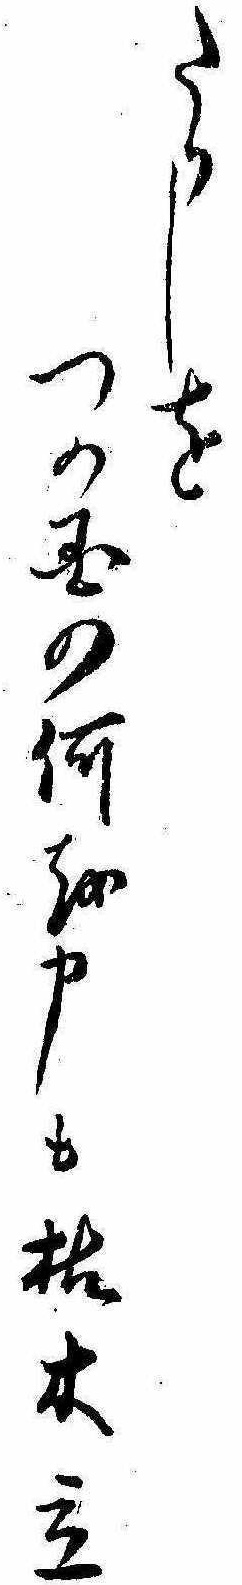
たりしをつの国の何を申も枯木立